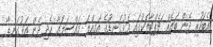
އެބަހުރި ދެން ބައެއް ޗެޕްޓާތަކުގައި އަޅުގަނޑުގެ އަމިއްލަ މައްސަލައާ ހެދި ދެން އަޅުގަނޑާ